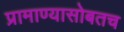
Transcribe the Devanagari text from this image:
प्रामाण्यासोबतच